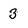
Character: 3